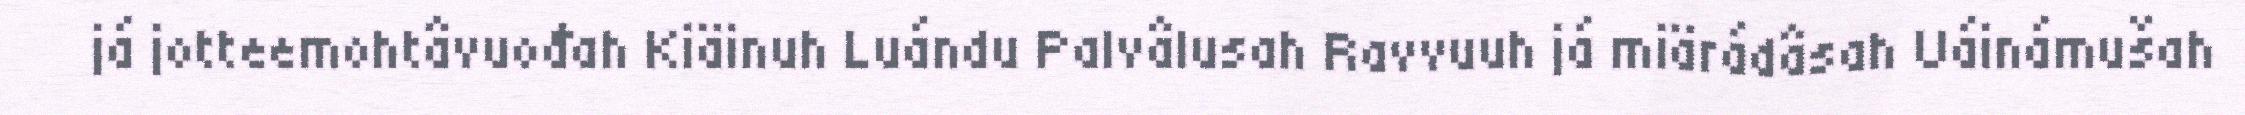
já jotteemohtâvuođah Kiäinuh Luándu Palvâlusah Ravvuuh já miärádâsah Uáinámušah